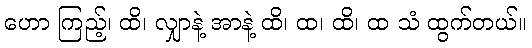
ဟော ကြည့်၊ ထိ၊ လျှာနဲ့ အာနဲ့ ထိ၊ ထ၊ ထိ၊ ထ သံ ထွက်တယ်။